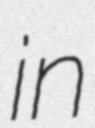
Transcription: in